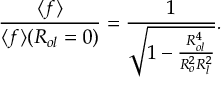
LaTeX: V \left( k ^ { \prime } \ne 0 \right) = \left( \begin{array} { c c } { { \langle H _ { \mu _ { 1 } \cdots \mu _ { k ^ { \prime } - 1 } } | V | H _ { \mu _ { 1 } \cdots \mu _ { k ^ { \prime } - 1 } } \rangle } } & { { \langle H _ { \mu _ { 1 } \cdots \mu _ { k ^ { \prime } - 1 } } | V | H _ { \mu _ { 1 } \cdots \mu _ { k ^ { \prime } } } \rangle } } \\ { { \langle H _ { \mu _ { 1 } \cdots \mu _ { k ^ { \prime } ~ ~ } } | V | H _ { \mu _ { 1 } \cdots \mu _ { k ^ { \prime } - 1 } } \rangle } } & { { \langle H _ { \mu _ { 1 } \cdots \mu _ { k ^ { \prime ~ ~ } } } | V | { H } _ { \mu _ { 1 } \cdots \mu _ { k ^ { \prime } } } \rangle } } \end{array} \right) \ .